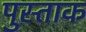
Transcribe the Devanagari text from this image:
पुस्ताक